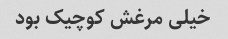
خیلی مرغش کوچیک بود